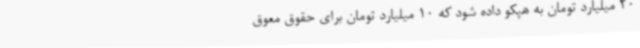
20 میلیارد تومان به هپکو داده شود که 10 میلیارد تومان برای حقوق معوق